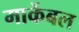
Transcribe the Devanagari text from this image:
मार्केबल